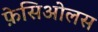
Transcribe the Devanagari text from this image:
फ़ेसिओलस